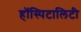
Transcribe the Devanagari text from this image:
हॉस्पिटालिटी